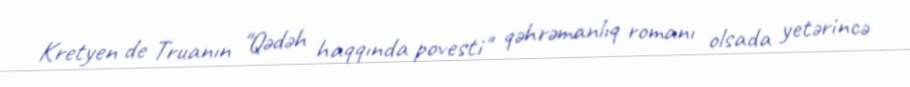
Kretyen de Truanın "Qədəh haqqında povesti" qəhrəmanlıq romanı olsada yetərincə